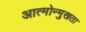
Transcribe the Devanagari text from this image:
आत्मोन्मुखता